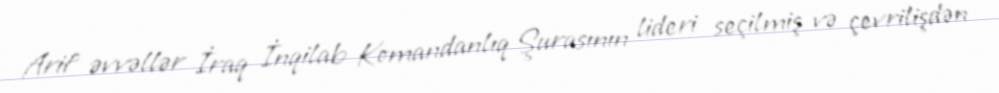
Arif əvvəllər İraq İnqilab Komandanlıq Şurasının lideri seçilmiş və çevrilişdən